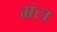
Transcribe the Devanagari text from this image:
मंल